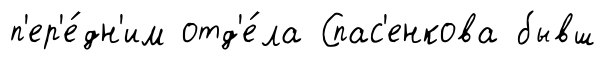
п'ер'е́дн'им отд'е́ла Спас'енкова бывш